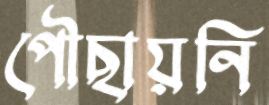
পৌছায়নি